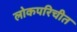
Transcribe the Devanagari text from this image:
लोकपरिचीत